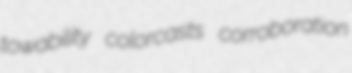
towability colorcasts corroboration